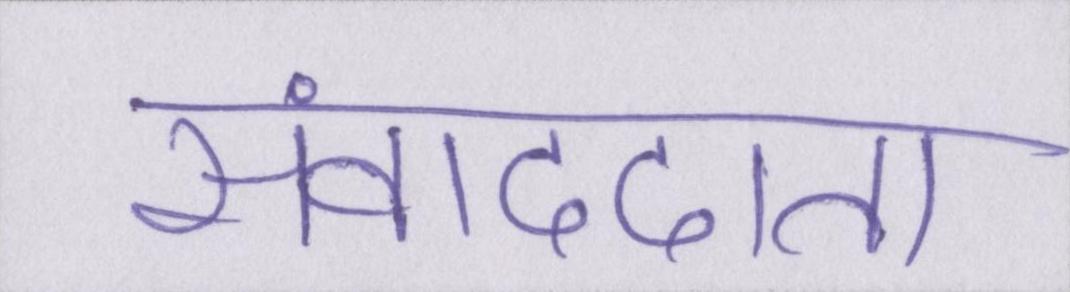
संवाददाता